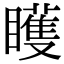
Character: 矆